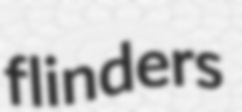
flinders